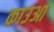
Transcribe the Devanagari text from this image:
काउआ